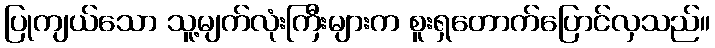
ပြုကျယ်သော သူ့မျက်လုံးကြီးများက စူးရှတောက်ပြောင်လှသည်။